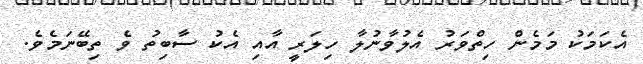
އެކަމަކު މަމެން ހިތްވަރު އެލުވާނުލާ ހިލަރީ އާއި އެކު ސާބިތު ވެ ތިބޭނަމެވެ.